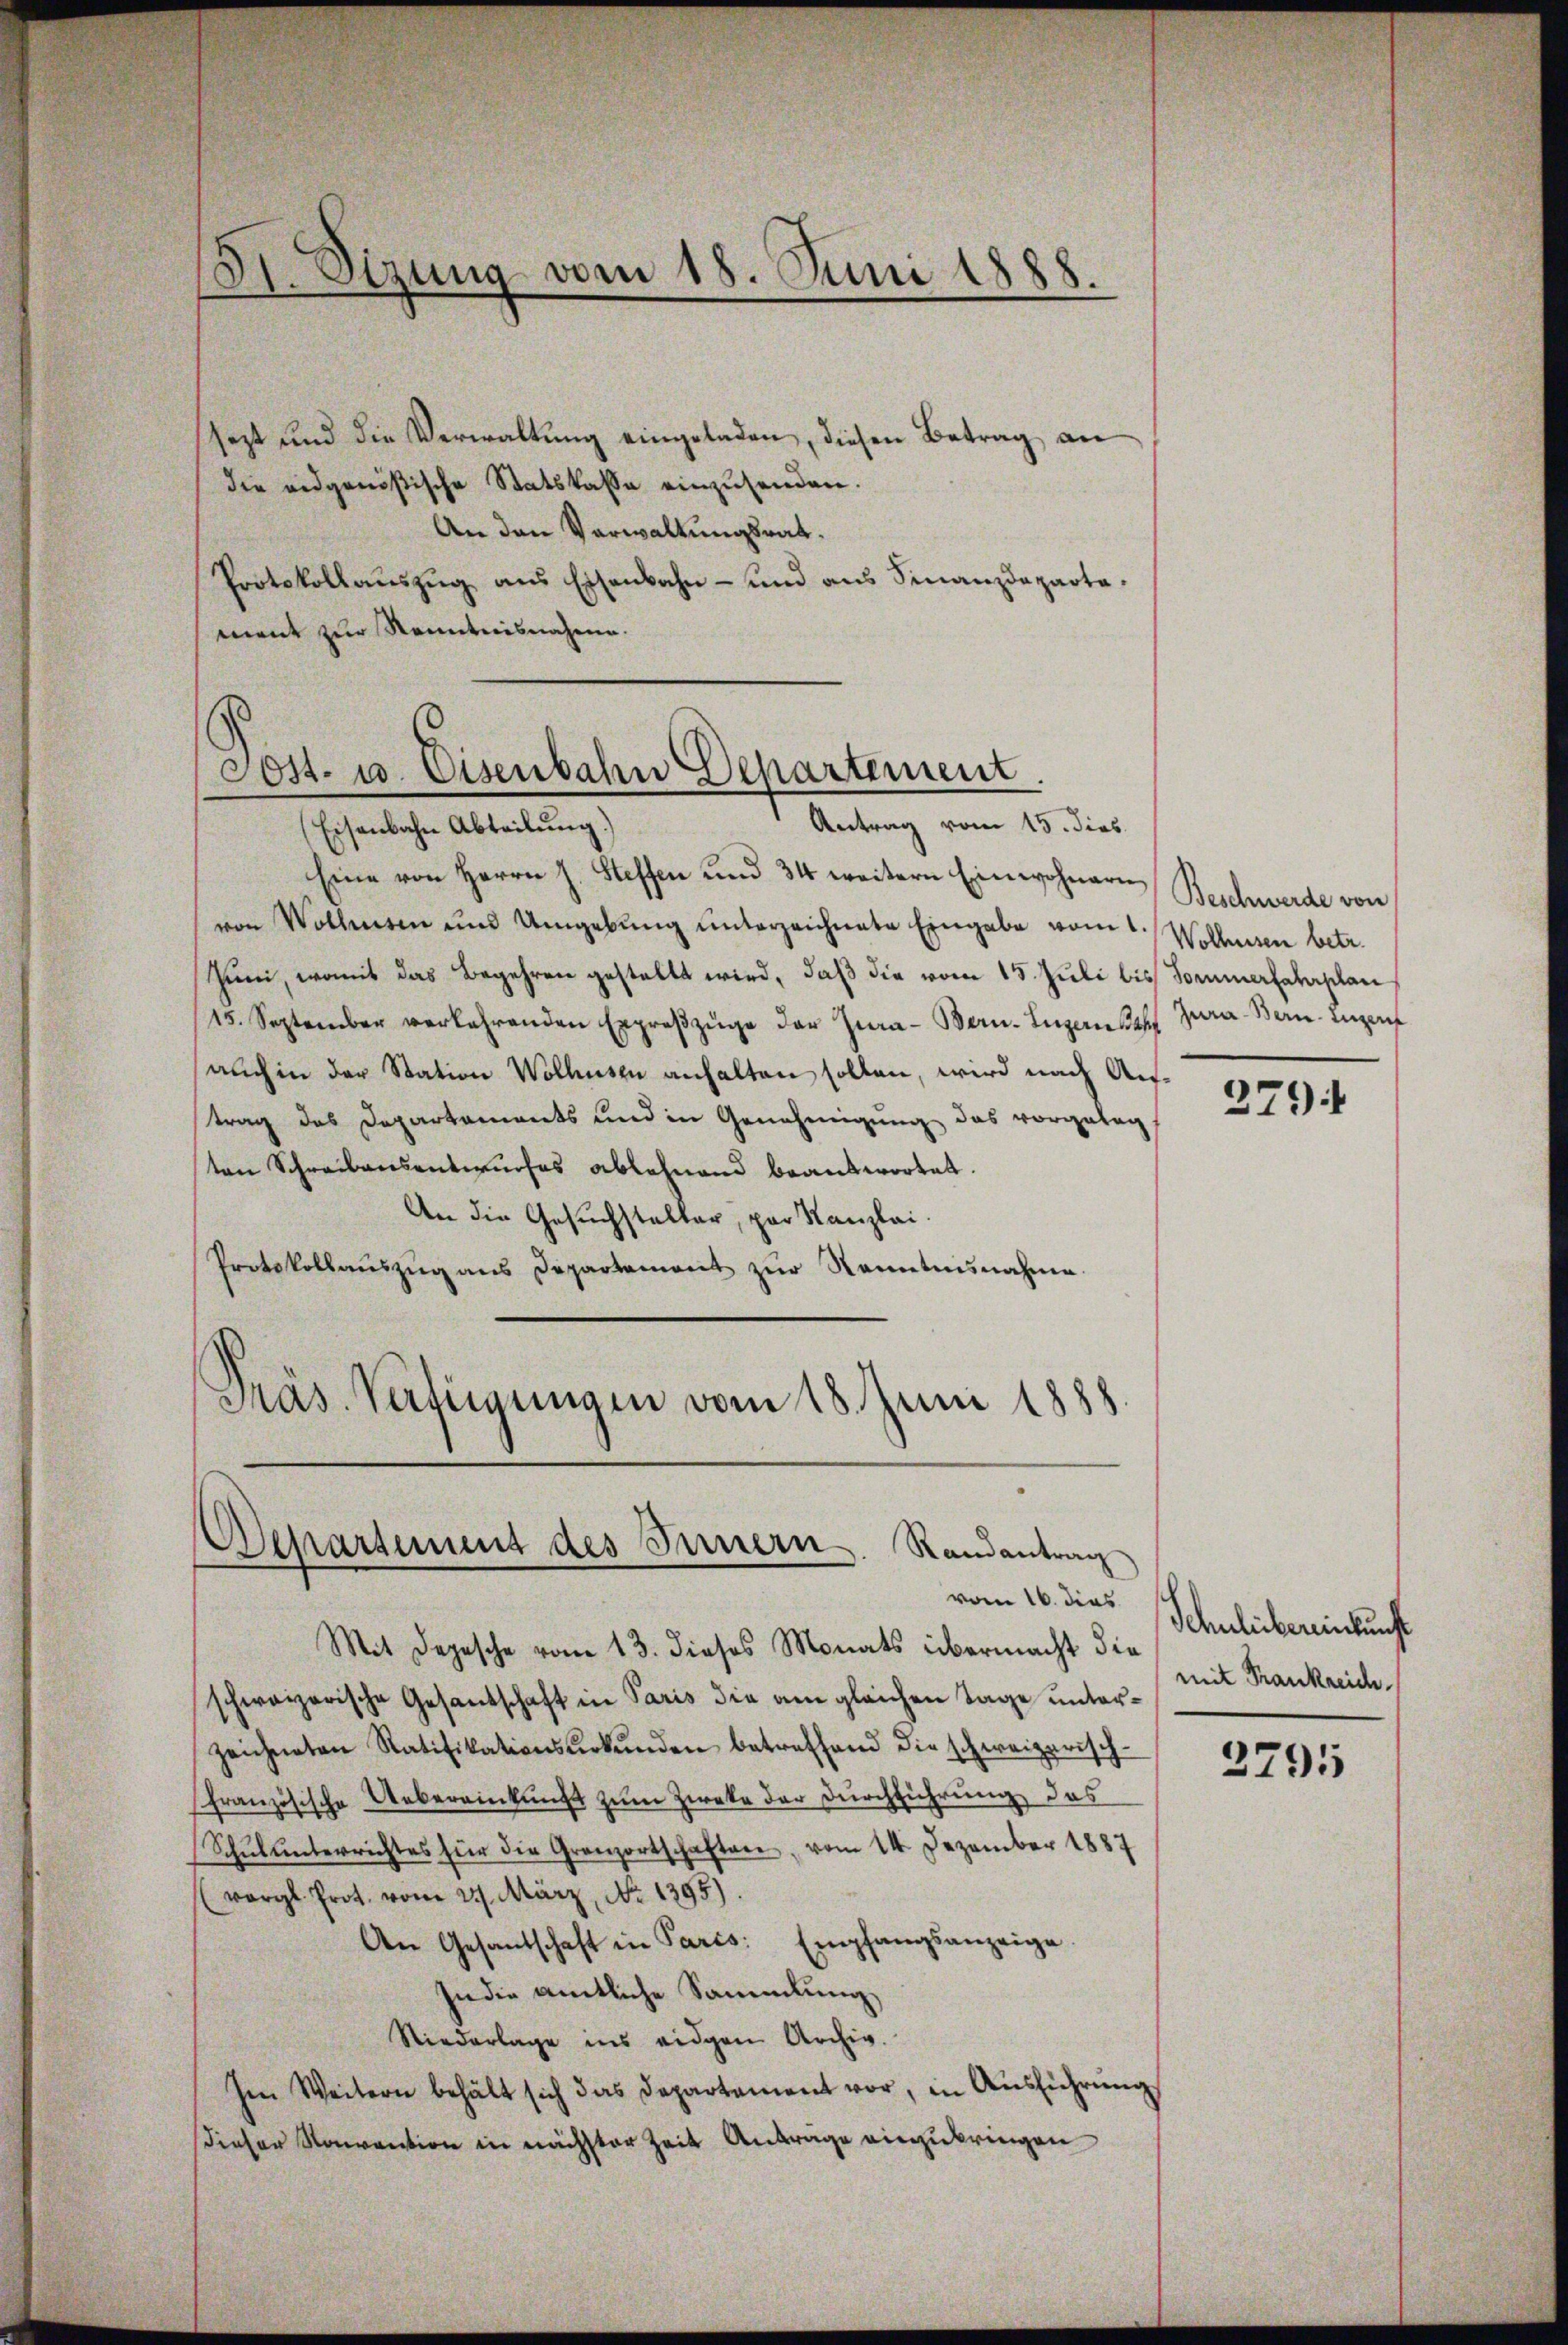
31. Sizung vom 18. Juni 1888.

sezt und die Verwaltung eingeladen, diesen Betrag an
die eidgenößische Statskasse einzusenden.
An den Verwaltungsrat.
Protokollauszug aus Eisenbahn- und aus Finanzdepartament zur Kenntnisnahme.

Sost- u. Eisenbahn Departement.
Antrag vom 15. dies
(Eisenbahn Abteilung.)

Eine von Herrn J. Steffen und 34 weitern Einwohnern
von Wollesen und Umgebung unterzeichnete Eingabe vom 1. Wolhusen betr.
Juni, womit das Begehren gestellt wird, daß die vom 15. Juli bis Formerfahrplan
15. September verkehrenden Erproβzüge der Jura - Bern. Luzern Jura-Bern. Luzer
auch in der Station Wolhusen anhalten sollen, wird nach Austrag des Departements und in Genehmigung das vorgetag
ton Schreibensentwurfes ablehnend beantwortet.
An die Gesuchsteller, par Kanzlei-
Protokollaŭszŭg ans Departement zŭr Kenntnisnahme.
Präs. Verfügungen vom 18. Juni 1888.

Departement des Fernern. Randantrag

Mit Depesche vom 13. dieses Monats übermacht die
schweizerische Gesandschaft in Paris die am gleichen Tage unterzeichneten Ratifikationsŭrkŭnden betreffend die schweizerisch-
Französische Uebereinkunft zum Zwecke der Durchführung das
Schŭlŭnterrichtes für die Granzortschaften, vom 14. Dezember 1887
(vergl. Prot. vom 27. März, No. 1295).
An Gesandschaft in Paris: Empfangsanzeige
see die amtliche Sammlung
Niederlage ins eidgen Archiv.
Im Weitern behält sich das Departement vor, in Aŭsführŭng
Dieser Konvention in nächster Zeit Anträge einzubringen

Beschwerde von

379

vom 16. dies Schulibereinkucht
mit Frankreide

2795